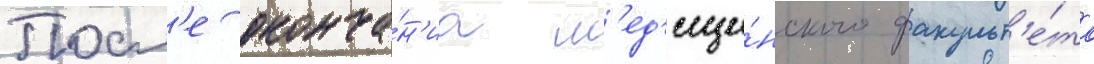
Посл'е оконча́н'иа м'ед'ици́нского факульт'е́та